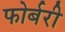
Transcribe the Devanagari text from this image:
फोर्बरी